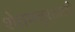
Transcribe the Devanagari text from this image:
शेतमजुरालाही